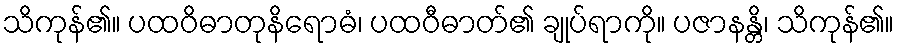
သိကုန်၏။ ပထဝိဓာတုနိရောဓံ၊ ပထဝီဓာတ်၏ ချုပ်ရာကို။ ပဇာနန္တိ၊ သိကုန်၏။